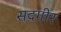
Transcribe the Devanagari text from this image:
सदगीर